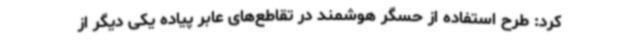
کرد: طرح استفاده از حسگر هوشمند در تقاطع‌های عابر پیاده یکی دیگر از